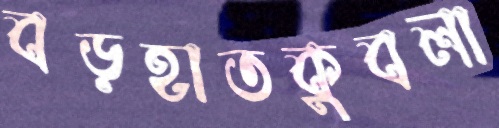
বড়হাতকুবলা